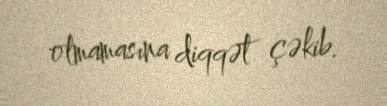
olmamasına diqqət çəkib.